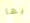
أيها